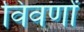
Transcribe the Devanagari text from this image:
विवर्णों